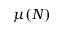
\mu ( N )